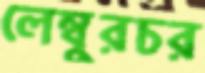
লেম্বুরচর